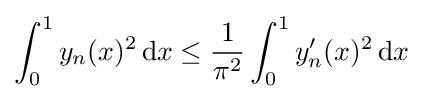
\int _{0}^{1}y_{n}(x)^{2}\,\mathrm {d} x\leq {\frac {1}{\pi ^{2}}}\int _{0}^{1}y_{n}'(x)^{2}\,\mathrm {d} x